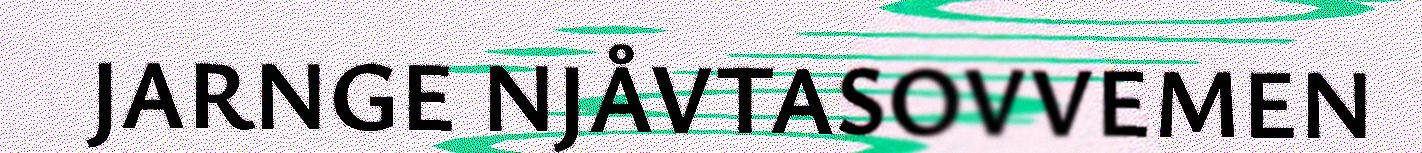
JARNGE NJÅVTASOVVEMEN